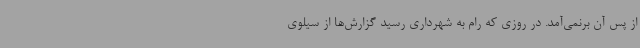
از پس آن برنمی‌آمد. در روزی که رام به شهرداری رسید گزارش‌ها از سیلوی